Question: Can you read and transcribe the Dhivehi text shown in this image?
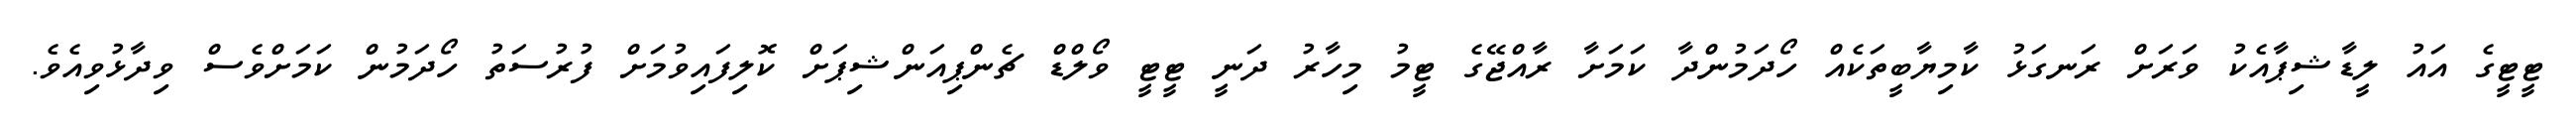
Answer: ޓީޓީގެ އައު ލީޑާޝިޕާއެކު ވަރަށް ރަނގަޅު ކާމިޔާބީތަކެއް ހޯދަމުންދާ ކަމަށާ ރާއްޖޭގެ ޓީމު މިހާރު ދަނީ ޓީޓީ ވޯލްޑް ޗެންޕިއަންޝިޕަށް ކޮލިފައިވުމަށް ފުރުސަތު ހޯދަމުން ކަމަށްވެސް ވިދާޅުވިއެވެ.